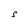
Character: S